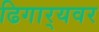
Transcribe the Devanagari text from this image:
ढिगार्‍यवर